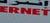
ernet